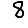
Digit: 8